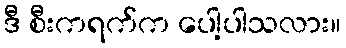
ဒီ စီးကရက်က ပေါ့ပါသလား။